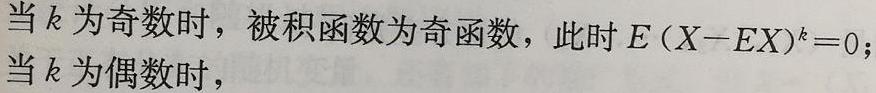
当 $k$ 为奇数时，被积函数为奇函数，此时 $E(X - EX)^k = 0$；当 $k$ 为偶数时，